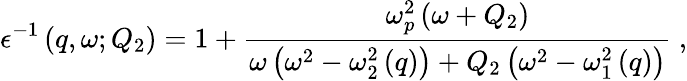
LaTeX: \epsilon^{-1}\left(q,\omega;Q_{2}\right)=1+\frac{\omega_{p}^{2}\left(\omega+Q_{2}\right)}{\omega\left(\omega^{2}-\omega_{2}^{2}\left(q\right)\right)+Q_{2}\left(\omega^{2}-\omega_{1}^{2}\left(q\right)\right)}\ ,